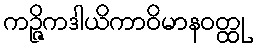
ကဉ္ဇိကဒါယိကာဝိမာနဝတ္ထု